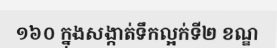
១៦០ ក្នុងសង្កាត់ទឹកល្អក់ទី២ ខណ្ឌ